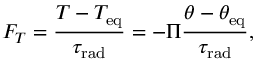
F _ { T } = \frac { T - T _ { \mathrm { e q } } } { \tau _ { \mathrm { r a d } } } = - \Pi \frac { \theta - \theta _ { \mathrm { e q } } } { \tau _ { \mathrm { r a d } } } ,